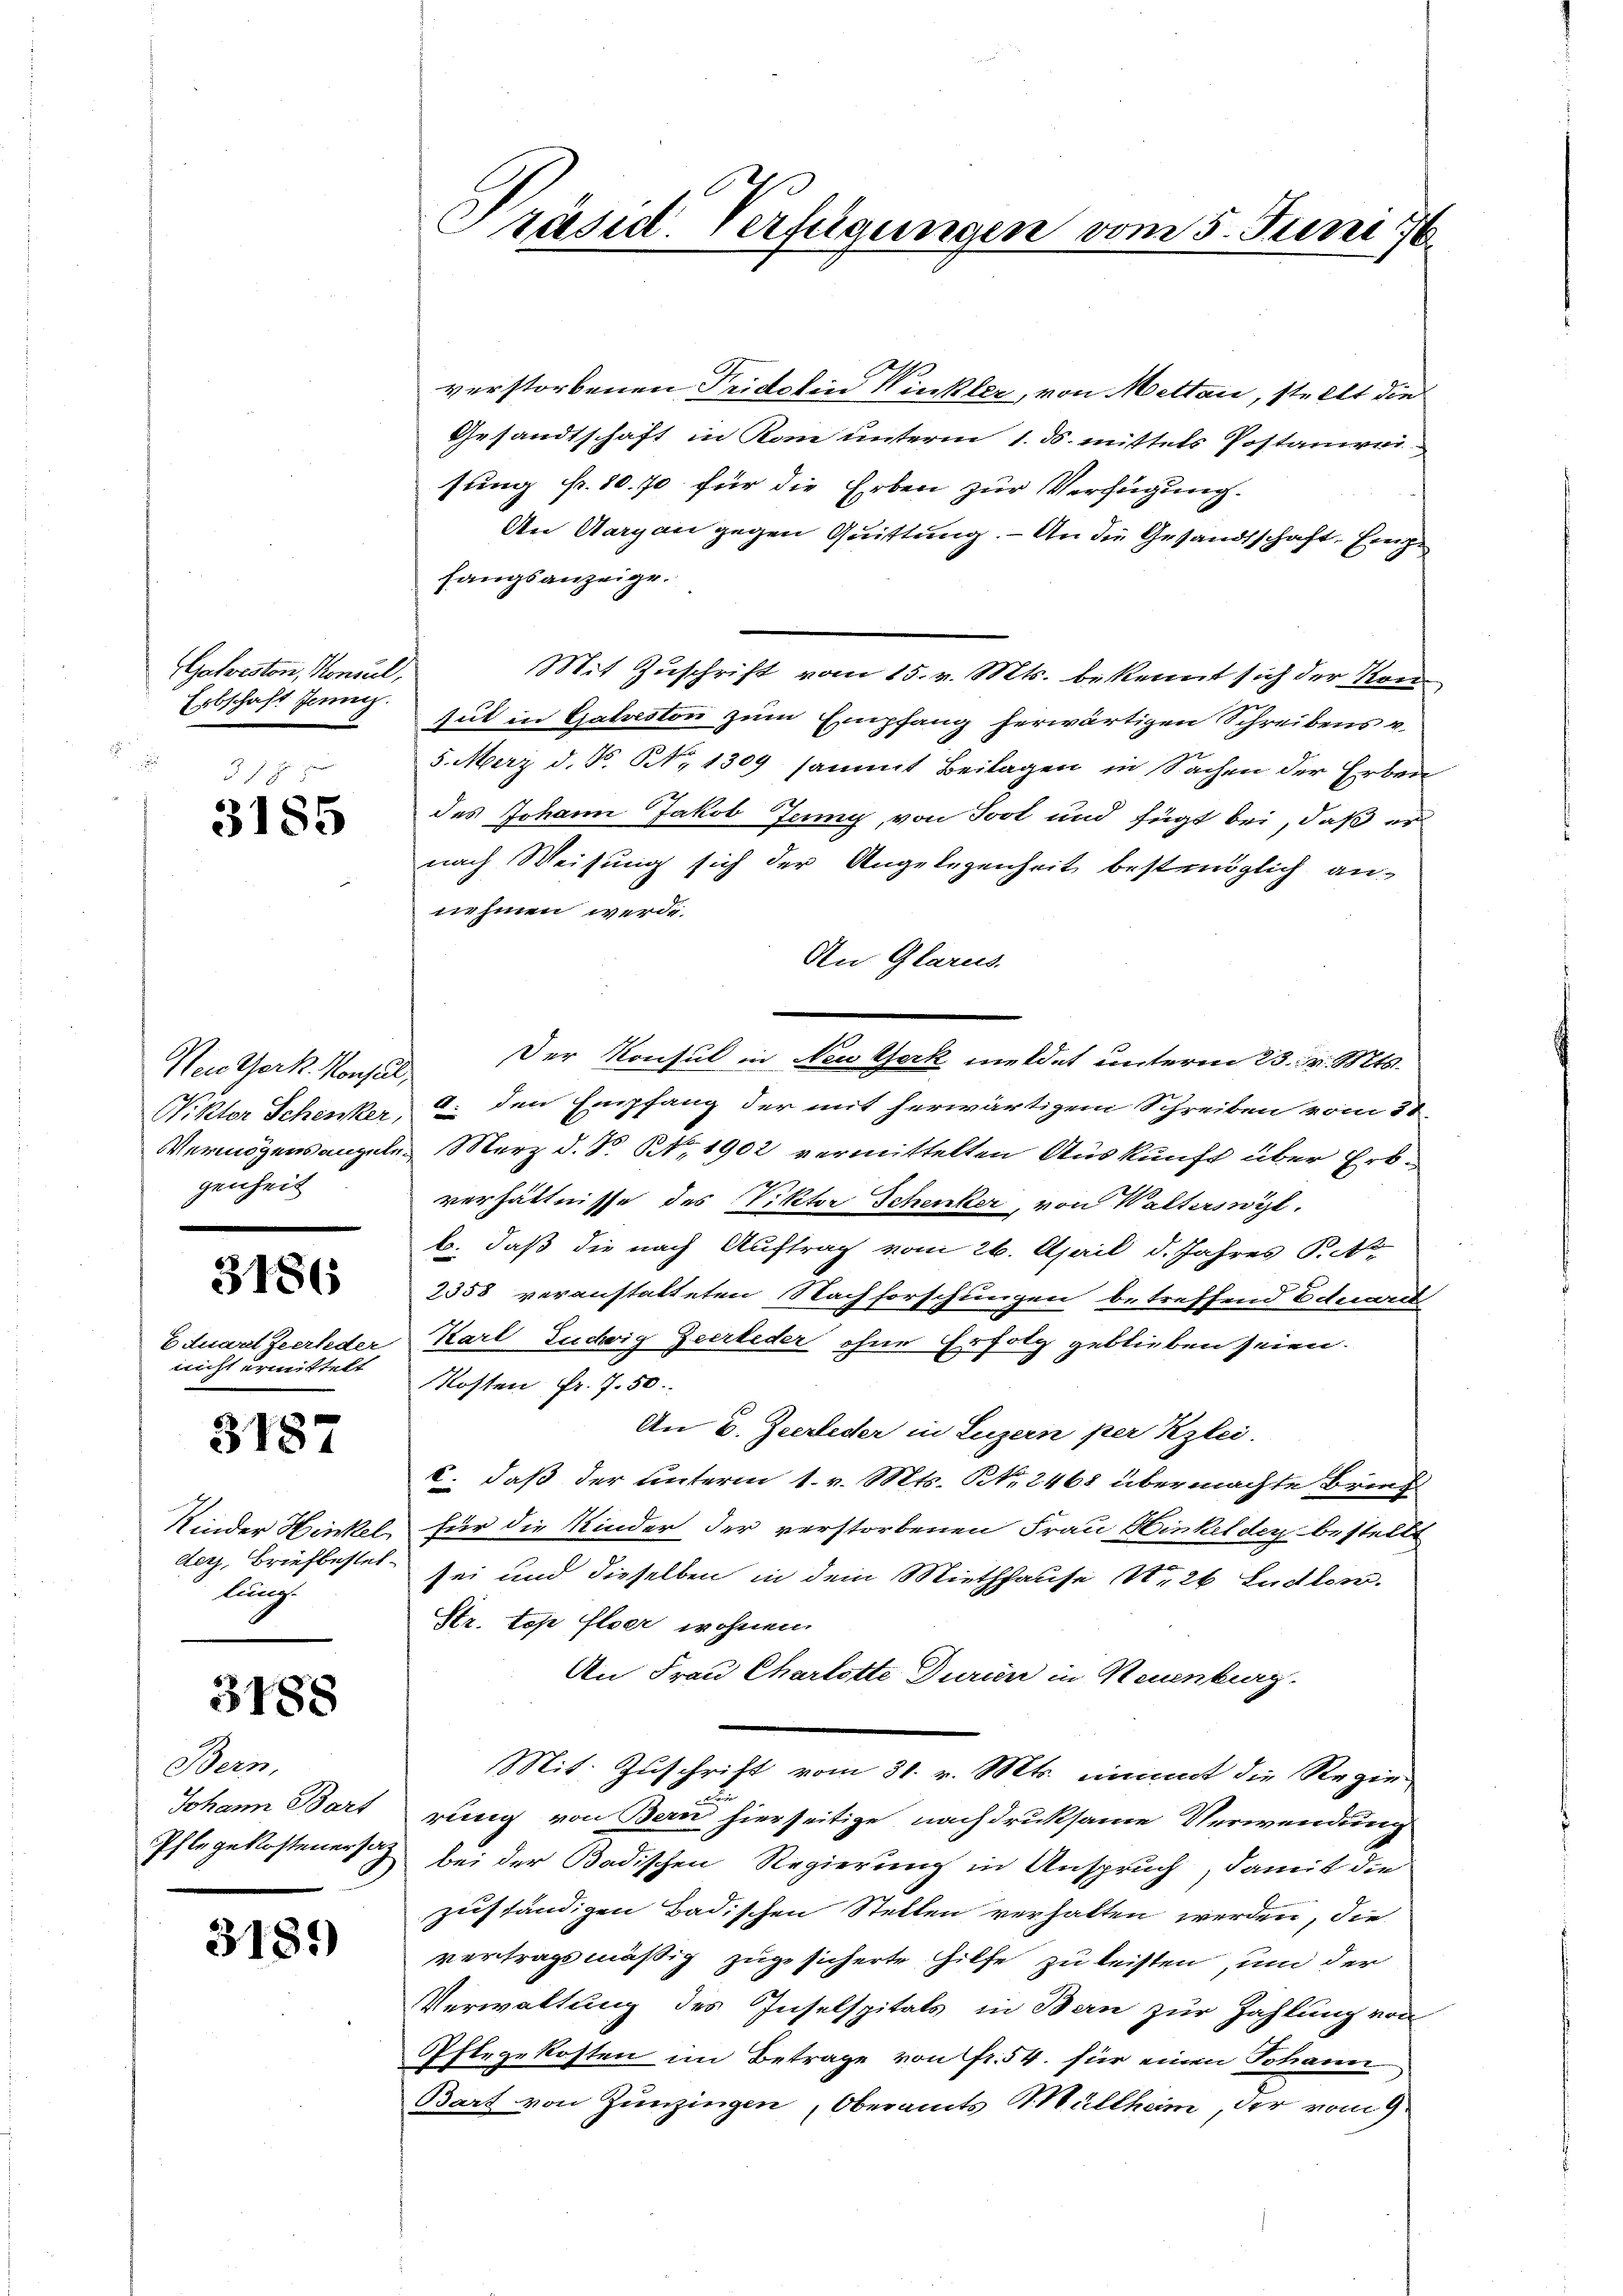
Galveston, Konsul,
Erbschaft Jenz.

318
3185

Nei Gerk. Konsul,
Viktor Schenker,
Vermögensangeln.
genheit

3186

E Quart Zeerleder
nicht ermittelt

3187

Kinder Hinkel
der, Briefbestellunge

3188

Bern,
Johann Bart
Ihlegekostenersag

3181)

Präsid. Verfügungen vom 5. Juni 178.

verstorbenen Tridelin Winkler, von Metten, stellt die
Gesandtschaft in Kan unterm 1. ds. mittels Postanwei
sung fr. 10.70 für die Erben zur Verfügung.
An Aargau gegen Quittung. — An die Gesandtschaft, Einge
fangsanzeige.
Mit Zuschrift vom 15. v. Mts. bekennt sich der Kon
u
Gut in Galveston zum Empfang herwärtigen Schreibens u
5. März d. Js. No 1309 sammt Beilagen in Sachen der Erben
des Johann Jakob Jenny, von Soot und fügt bei, daß er
nach Weisung sich der Angelegenheit bestmöglich annehmen werde.
An Glarus.
Der Konsul in New York meldet unterm 23. v. Mts.
a. den Empfang der mit herwärtigem Schreiben vom 31.
März d. N. N. 1902 vermittelten Auskunft über Erbverhältnisse des Viktor Schenker, von Walterswyl,
b. daß die nach Auftrag vom 26. April d. Jahres Pet
2353 veranstatteten Nachforschungen betreffend Eduaret
Karl Zuchtig Zeerleder ohne Erfolg geblieben seien.
Kosten Fr. 750.
An B. Zeerleder in Luzern per Kzlei.
c. daß der unterm 1. v. Mts. No. 2468 übermachte Brandfür die Kinder der verstorbenen Frau Hinkel den bestellt
sei und dieselben in dem Miethhause Nr. 26 Ludlow.
Str. Top Elser wohnen
An Frau Charlotte Durien in Neuenburg.
Mit Zuschrift vom 31. v. Mts. nimmt die Regie-
.
x
rung von Bern hierseitige nachdruksame Verwendung
bei der Badischen Regierung in Anspruch, damit die
zuständigen Badischen Stellen verhalten werden, die
vertragsmäßig zugesicherte Hilfe zu leisten, um der
Verwaltung des Inselspitals in Bern zur Zahlung von
Pflegekosten im Betrage von Fr. 54. für einen Johann
Bart von Zünzingen, Oberamts Müllheim, der vom 9